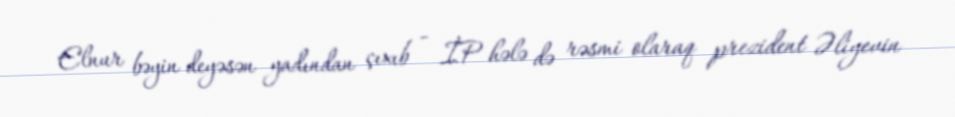
Elnur bəyin deyəsən yadından çıxıb - İP hələ də rəsmi olaraq prezident Əliyevin